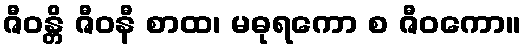
ဇီဝန္တိ ဇီဝနီ စာထ၊ မဓုရကော စ ဇီဝကော။